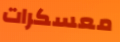
معسكرات